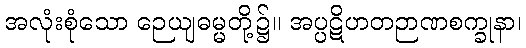
အလုံးစုံသော ဉေယျဓမ္မတို့၌။ အပ္ပဋိဟတဉာဏစက္ခုနာ၊